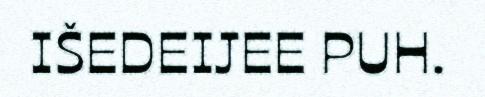
IŠEDEIJEE PUH.